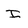
Character: I